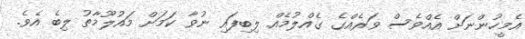
އެމީހުންނަށް އެއްވެސް ވަރެއްގެ ގެއްލުމެއް ލިބިފައި ނުވާ ކަމަށް މައުލޫމާތު ލިބެ އެވެ.